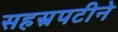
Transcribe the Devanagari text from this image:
सहस्रपटीने